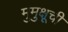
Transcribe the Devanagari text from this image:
मुमुक्षूची